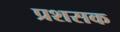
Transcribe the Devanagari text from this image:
प्रशसक